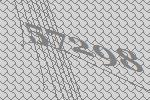
57298